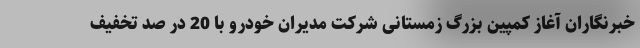
خبرنگاران آغاز کمپین بزرگ زمستانی شرکت مدیران خودرو با 20 در صد تخفیف